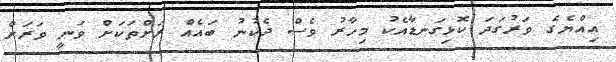
އިއްޔެގެ ވަރުގަދަ ކޮޅިގަނޑާއެކު މިހާރު ވެސް ދެކުނު ބައެއް ރަށްތަކަށް ވަނީ ވަރަށް